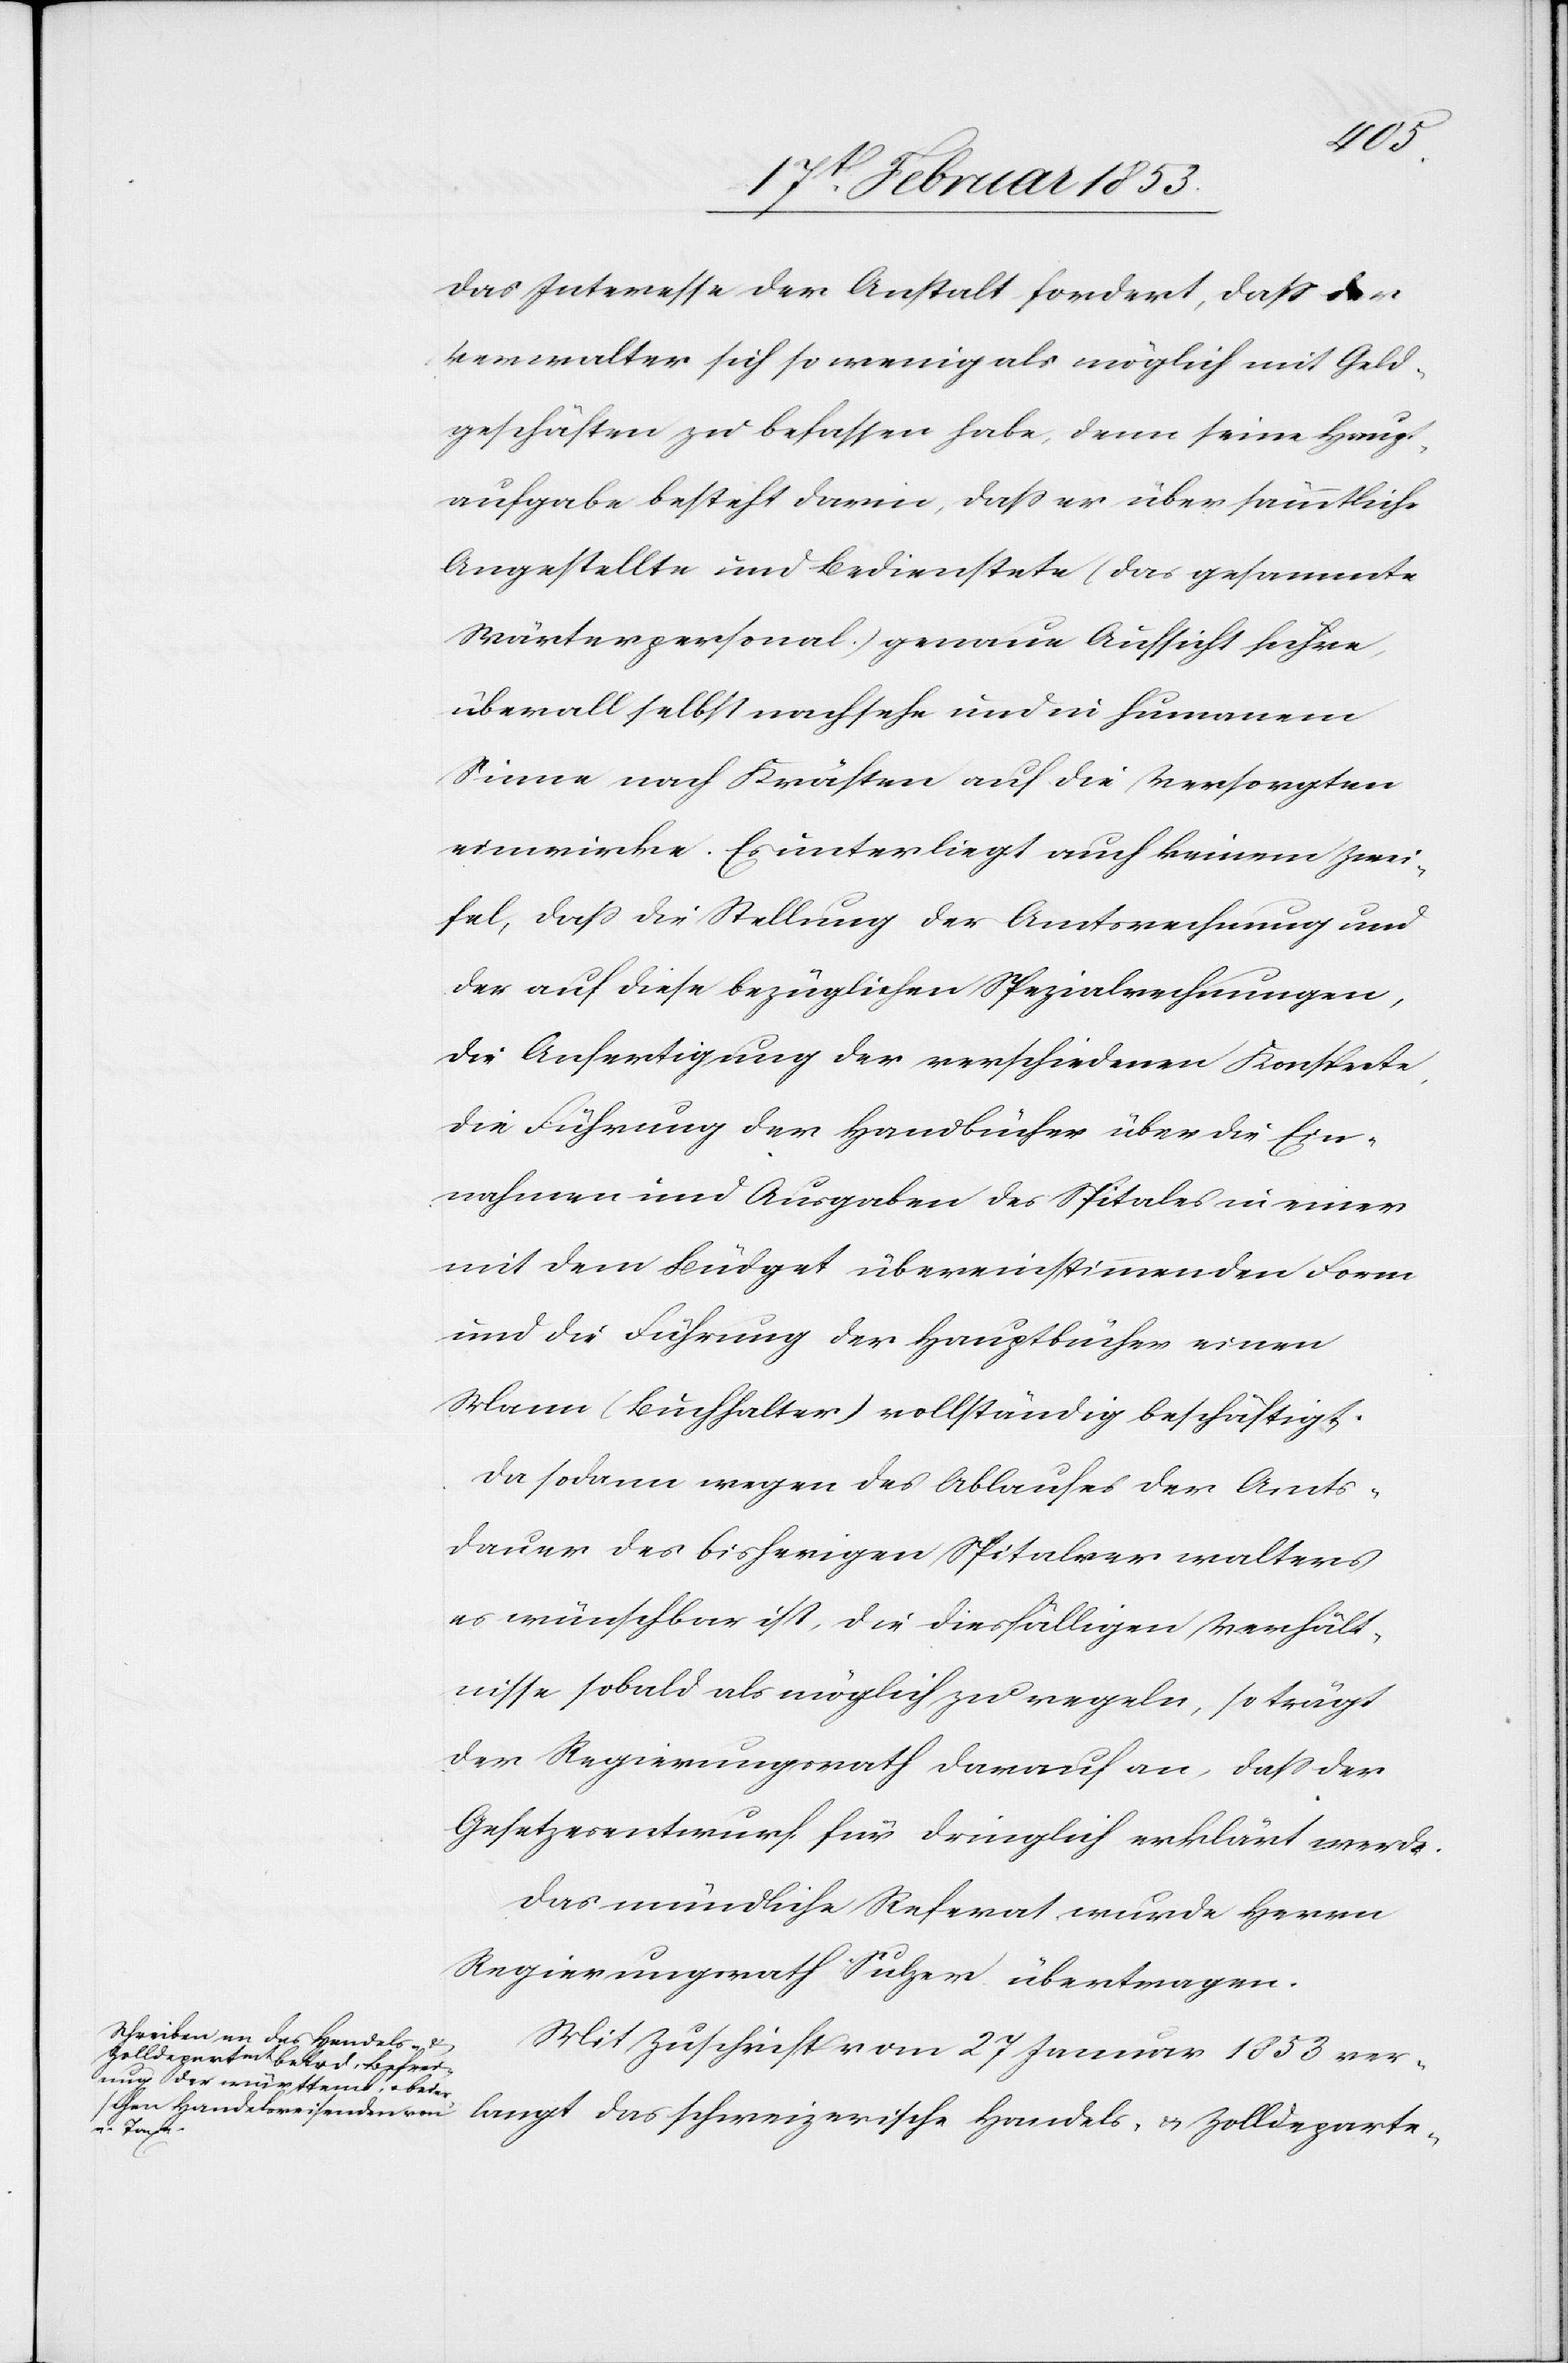
Das Interesse der Anstalt fordert, daß der
Verwalter sich so wenig als möglich mit Geld¬
geschäften zu befassen habe, denn seine Haupt¬
aufgabe besteht darin, daß er über sämmtliche
Angestellten und Bedienstete (das gesammte
Wärterpersonal) genau Aufsicht führe,
überall selbst nachsehe und in humanem
Sinne nach Kräften auf die Versorgten
einwirke. Es unterliegt auch keinem Zwei¬
fel, daß die Stellung der Amtsrechnung und
der auf diese bezüglichen Spezialrechnungen,
die Anfertigung der verschiedenen Konspekte,
die Führung der Handbücher über die Ein¬
nahmen und Ausgaben des Spitales in einer
mit dem Büdget übereinstimmenden Form
und die Führung der Hauptbücher einen
Mann (Buchhalter) vollständig beschäftigt.
Da sodann wegen des Ablaufes der Amts¬
dauer des bisherigen Spitalverwalters
es wünschbar ist, die diesfälligen Verhält¬
nisse sobald als möglich zu regeln, so trägt
der Regierungsrath darauf an, daß der
Gesetzesentwurf für dringlich erklärt werde.
Das mündliche Referat wurde Herrn
Regierungsrath Sulzer übertragen.
Mit Zuschrift vom 27 Januar 1853 ver¬
langt das schweizerische Handels- u. Zolldeparte-